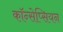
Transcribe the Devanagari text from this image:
कॉन्सेप्सियन